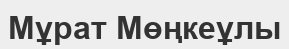
Мұрат Мөңкеұлы